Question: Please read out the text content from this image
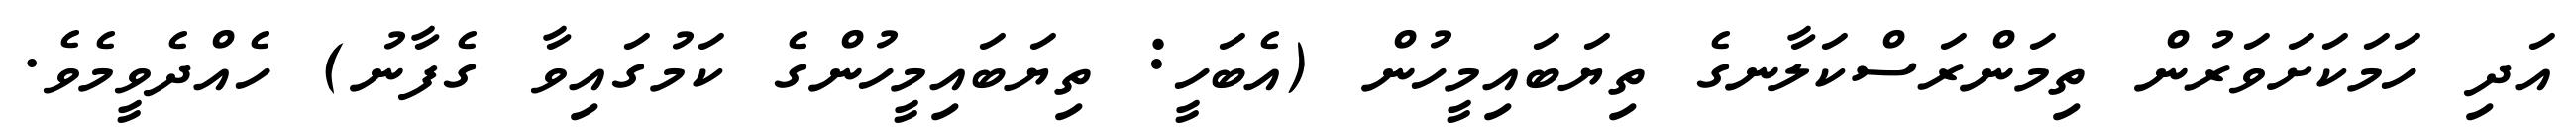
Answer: އަދި ހަމަކަށަވަރުން ތިމަންރަސްކަލާނގެ ތިޔަބައިމީހުން (އެބަހީ: ތިޔަބައިމީހުންގެ ކަމުގައިވާ ގެފާނު) ހެއްދެވީމެވެ.